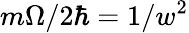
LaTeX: m\Omega/2\hbar=1/w^{2}